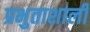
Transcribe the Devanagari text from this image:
प्रभुताशाली